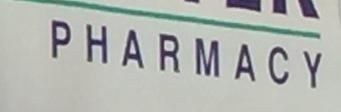
pharmacy